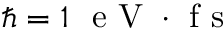
\hbar = 1 ~ \mathrm { ~ e ~ V ~ } \cdot \mathrm { ~ f ~ s ~ }